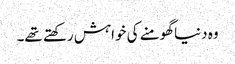
وہ دنیا گھومنے کی خواہش رکھتے تھے۔